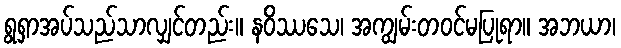
ရွရှာအပ်သည်သာလျှင်တည်း။ နဝိဿသေ၊ အကျွမ်းတဝင်မပြုရာ။ အဘယာ၊